Report on vaccination in the Province of Bengal - 1874-1889
Year: 1874
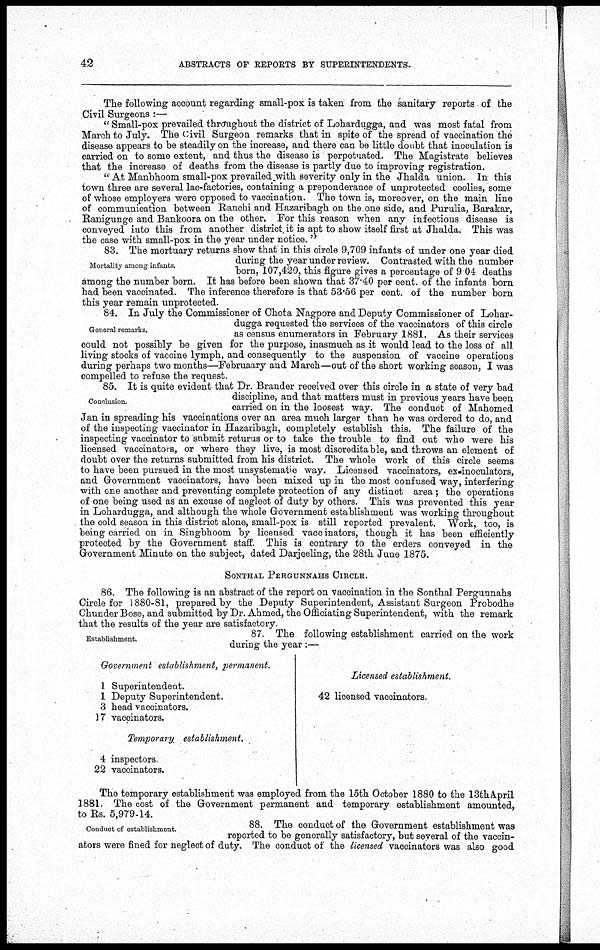
42
ABSTRACTS OF REPORTS BY SUPERINTENDENTS.
The following account regarding small-pox is taken from the sanitary reports of the
Civil Surgeons :—
" Small-pox prevailed throughout the district of Lohardugga, and was most fatal from
March to July. The Civil Surgeon remarks that in spite of the spread of vaccination the
disease appears to be steadily on the increase, and there can be little doubt that inoculation is
carried on to some extent, and thus the disease is perpetuated. The Magistrate believes
that the increase of deaths from the disease is partly due to improving registration.
" At Manbhoom small-pox prevailed with severity only in the Jhalda union. In this
town three are several lac-factories, containing a preponderance of unprotected coolies, some
of whose employers were opposed to vaccination. The town is, moreover, on the main line
of communication between Ranchi and Hazaribagh on the one side, and Purulia, Barakar,
Ranigunge and Bankoora on the other. For this reason when any infectious disease is
conveyed into this from another district. it is apt to show itself first at Jhalda. This was
the case with small-pox in the year under notice. "
Mortality among infants.
83. The mortuary returns show that in this circle 9,709 infants of under one year died
during the year under review. Contrasted with the number
born, 107,420, this figure gives a percentage of 9 04 deaths
among the number born. It has before been shown that 37.40 per cent. of the infants born
had been vaccinated. The inference therefore is that 53.56 per cent. of the number born
this year remain unprotected.
General remarks.
84. In July the Commissioner of Chota Nagpore and Deputy Commissioner of Lohar-
dugga requested the services of the vaccinators of this circle
as census enumerators in February 1881. As their services
could not possibly be given for the purpose, inasmuch as it would lead to the loss of all
living stocks of vaccine lymph, and consequently to the suspension of vaccine operations
during perhaps two months—Februaary and March—out of the short working season, I was
compelled to refuse the request.
Conclusion.
85. It is quite evident that Dr. Brander received over this circle in a state of very bad
discipline, and that matters must in previous years have been
carried on in the loosest way. The conduct of Mahomed
Jan in spreading his vaccinations over an area much larger than he was ordered to do, and
of the inspecting vaccinator in Hazaribagh, completely establish this. The failure of the
inspecting vaccinator to submit returus or to take the trouble to find out who were his
licensed vaccinators, or where they live, is most discreditable, and throws an element of
doubt over the returns submitted from his district. The whole work of this circle seems
to have been pursued in the most unsystematic way. Licensed vaccinators, ex-inoculators,
and Government vaccinators, have been mixed up in the most confused way, interfering
with one another and preventing complete protection of any distinct area; the operations
of one being used as an excuse of neglect of duty by others. This was prevented this year
in Lohardugga, and although the whole Government establishment was working throughout
the cold season in this district alone, small-pox is still reported prevalent. Work, too, is
being carried on in Singbhoom by licensed vaccinators, though it has been efficiently
protected by the Government staff. This is contrary to the orders conveyed in the
Government Minute on the subject, dated Darjeeling, the 28th June 1875.
SONTHAL PERGUNNAHS CIRCLE.
86. The following is an abstract of the report on vaccination in the Sonthal Pergunnahs
Circle for 1880-81, prepared by the Deputy Superintendent, Assistant Surgeon Probodhe
Chunder Bose, and submitted by Dr. Ahmed, the Officiating Superintendent, with the remark
that the results of the year are satisfactory.
Establishment.
87. The following establishment carried on the work
during the year :—
Government establishment, permanent.
1 Superintendent.
1 Deputy Superintendent.
3 head vaccinators.
17 vaccinators.
Temporary. establishment.
4 inspectors
22 vaccinators.
Licensed establishment.
42 licensed vaccinators.
The temporary establishment was employed from the 15th October 1880 to the 13thApril
1881. The cost of the Government permanent and temporary establishment amounted,
to Rs. 5,979-14.
Conduct of establishment.
88. The conduct of the Government establishment was
reported to be generally satisfactory, but several of the vaccin-
ators were fined for neglect of duty. The conduct of the licensed vaccinators was also good